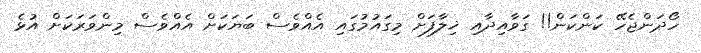
ހޯދަންޖެހޭ ކަންކަން!! ގަވާއިދާއި ޚިލާފަށް މިގައުމުގައި އެއްވެސް ބަޔަކަށް އެއްވެސް މިންވަރަކަށް އުޅެ